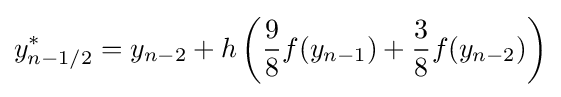
y_{n-1/2}^{*}=y_{n-2}+h\left({\frac {9}{8}}f(y_{n-1})+{\frac {3}{8}}f(y_{n-2})\right)